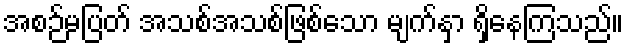
အစဉ်မပြတ် အသစ်အသစ်ဖြစ်သော မျက်နှာ ရှိနေကြသည်။